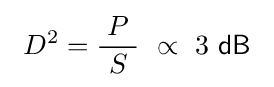
\ D^{2}={\frac {P}{\ S\ }}\ \propto \ 3{\mathsf {\ dB}}\